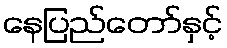
နေပြည်တော်နှင့်